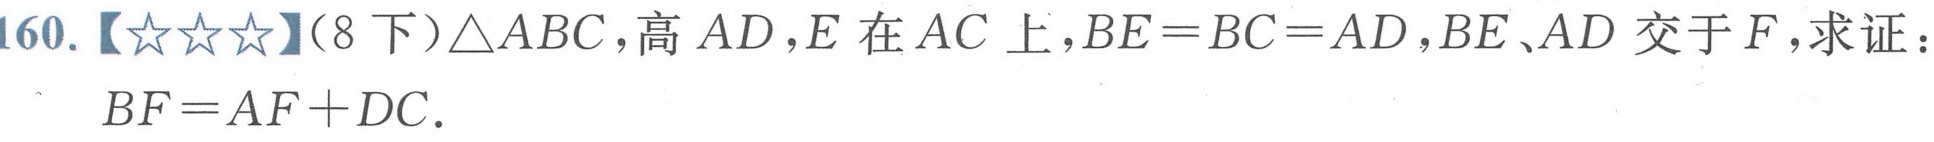
160.【★★★】(8下)\(\triangle ABC\)，高\(AD\)，\(E\)在\(AC\)上，\(BE = BC = AD\)，\(BE\)、\(AD\)交于\(F\)，求证：\(BF = AF + DC\).